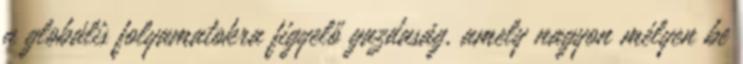
a globális folyamatokra figyelő gazdaság, amely nagyon mélyen be